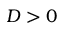
D > 0